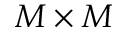
M \times M